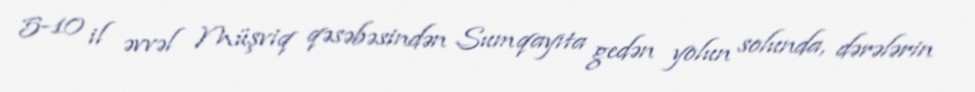
5-10 il əvvəl Müşviq qəsəbəsindən Sumqayıta gedən yolun solunda, dərələrin